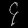
Digit: ၄